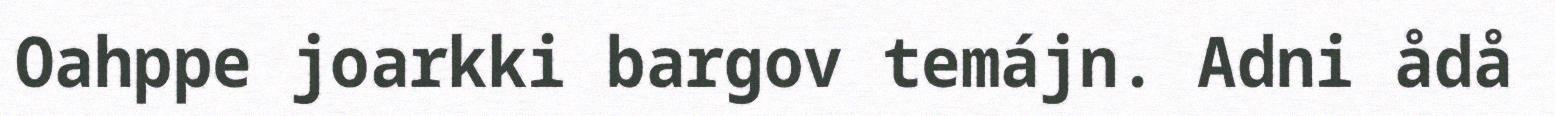
Oahppe joarkki bargov temájn. Adni ådå